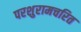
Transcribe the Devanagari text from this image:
परशुरामचरित